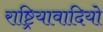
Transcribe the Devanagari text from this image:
राष्ट्रियावादियो